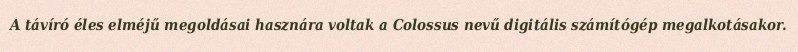
A távíró éles elméjű megoldásai hasznára voltak a Colossus nevű digitális számítógép megalkotásakor.